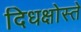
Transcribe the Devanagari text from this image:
दिधक्षोस्ते